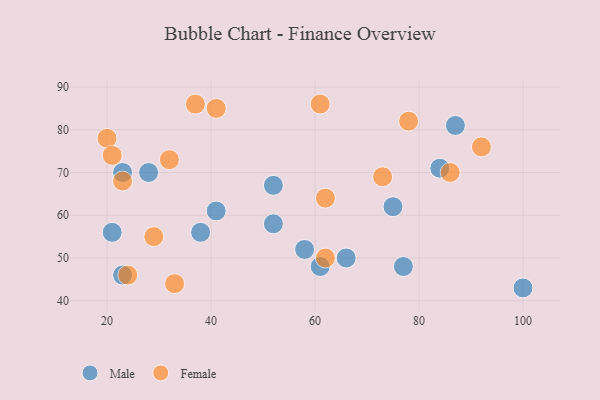
{"axis": {"x": "GDP", "y": "Life Expectancy"}, "legend": ["Female", "Male"], "data": [{"x": "61", "y": 48, "type": "Male"}, {"x": "58", "y": 52, "type": "Male"}, {"x": "38", "y": 56, "type": "Male"}, {"x": "41", "y": 61, "type": "Male"}, {"x": "28", "y": 70, "type": "Male"}, {"x": "52", "y": 58, "type": "Male"}, {"x": "87", "y": 81, "type": "Male"}, {"x": "23", "y": 70, "type": "Male"}, {"x": "23", "y": 46, "type": "Male"}, {"x": "75", "y": 62, "type": "Male"}, {"x": "52", "y": 67, "type": "Male"}, {"x": "84", "y": 71, "type": "Male"}, {"x": "77", "y": 48, "type": "Male"}, {"x": "66", "y": 50, "type": "Male"}, {"x": "100", "y": 43, "type": "Male"}, {"x": "21", "y": 56, "type": "Male"}, {"x": "29", "y": 55, "type": "Female"}, {"x": "37", "y": 86, "type": "Female"}, {"x": "32", "y": 73, "type": "Female"}, {"x": "62", "y": 50, "type": "Female"}, {"x": "24", "y": 46, "type": "Female"}, {"x": "23", "y": 68, "type": "Female"}, {"x": "86", "y": 70, "type": "Female"}, {"x": "20", "y": 78, "type": "Female"}, {"x": "41", "y": 85, "type": "Female"}, {"x": "61", "y": 86, "type": "Female"}, {"x": "62", "y": 64, "type": "Female"}, {"x": "21", "y": 74, "type": "Female"}, {"x": "92", "y": 76, "type": "Female"}, {"x": "73", "y": 69, "type": "Female"}, {"x": "33", "y": 44, "type": "Female"}, {"x": "78", "y": 82, "type": "Female"}]}